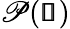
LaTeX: \mathscr{P}(\pmb{\mathscr{s}})